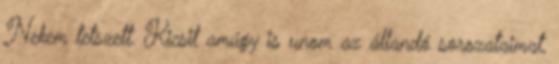
Nekem tetszett. Kicsit amúgy is unom az állandó sorozataimat,